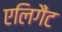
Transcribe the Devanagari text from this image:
एलिगैंट